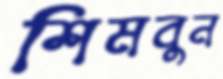
শিমবুন